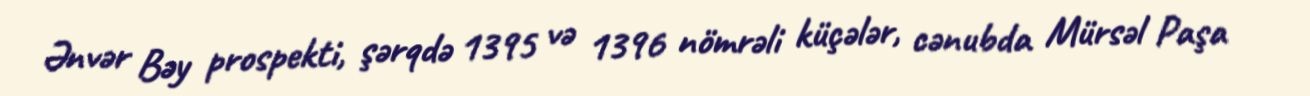
Ənvər Bəy prospekti, şərqdə 1395 və 1396 nömrəli küçələr, cənubda Mürsəl Paşa